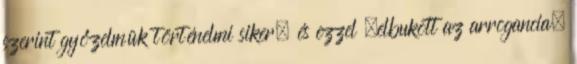
szerint győzelmük történelmi siker, és ezzel „elbukott az arrogancia,